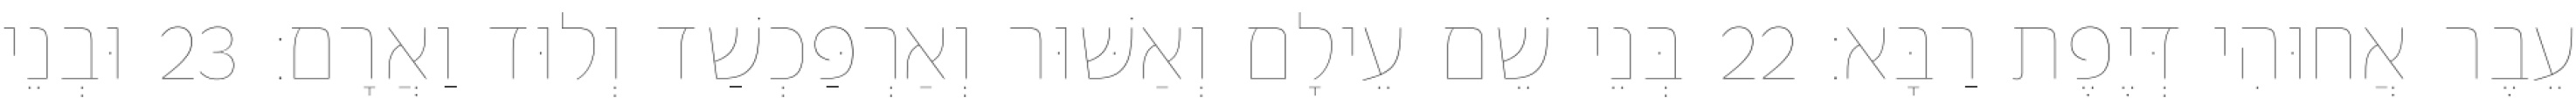
עֵבֶר אֲחוּהִי דְּיֶפֶת רַבָּא׃ 22 בְּנֵי שֵׁם עֵילָם וְאַשּׁוּר וְאַרְפַּכְשַׁד וְלוּד וַאֲרָם׃ 23 וּבְנֵי